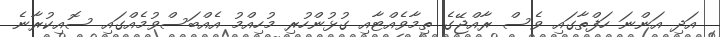
އަދި އަންނަ ހަފްތާގައި ވެސް ރާއްޖޭގެ ތިމާވެއްޓާއި ގުޅުންހުރި މުހިއްމު އެއްބަސްވުމެއްގައި ސޮއިކުރާނެ